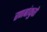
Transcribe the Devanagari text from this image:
रणबांकुरो